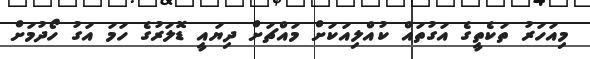
މިއަހަރު ތަކެތީގެ އަގުތައް ކުއްލިއަކަށް މައްޗަށް ދިޔައީ ޑޮލަރުގެ ހަމަ އަގު ހޯދުމަށް